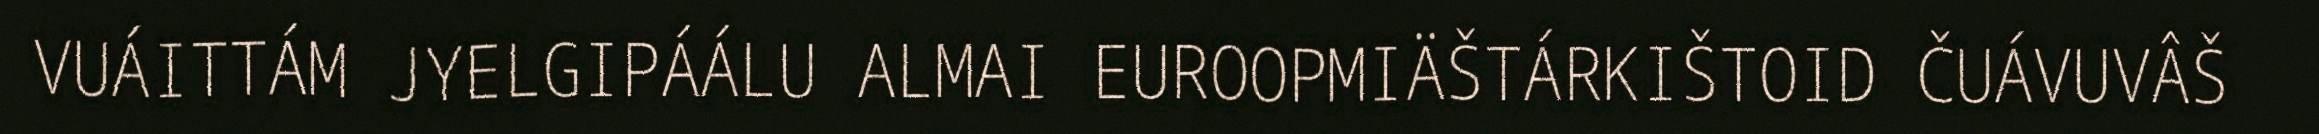
VUÁITTÁM JYELGIPÁÁLU ALMAI EUROOPMIÄŠTÁRKIŠTOID ČUÁVUVÂŠ